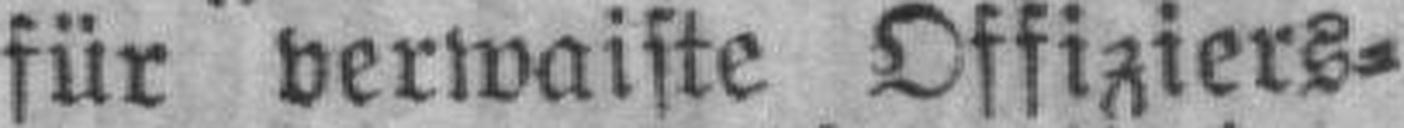
für verwaiste Offiziers¬